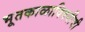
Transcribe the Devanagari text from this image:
भूतकाळाविषयीची